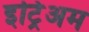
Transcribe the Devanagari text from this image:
इट्रिअम